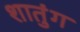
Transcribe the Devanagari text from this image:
शातुंग